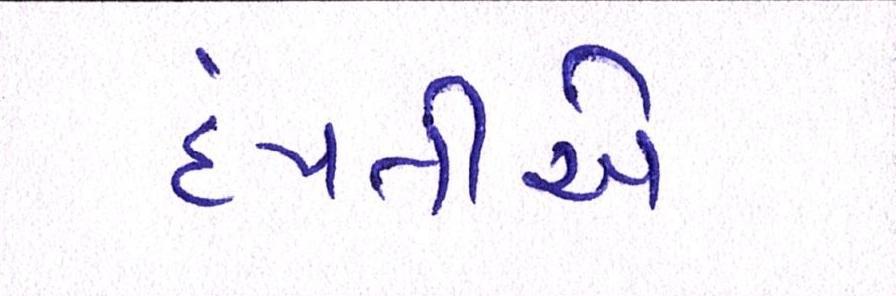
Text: દંપતીએ